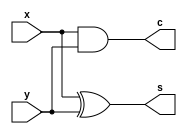
// Created by prof. Mingu Kang @VVIP Lab in UCSD ECE department
// Please do not spread this code without permission 
module csa2_2 (x, y, s, c);

input x;
input y;
output s;
output c;

assign s = x^y;
assign c = x&y;

endmodule